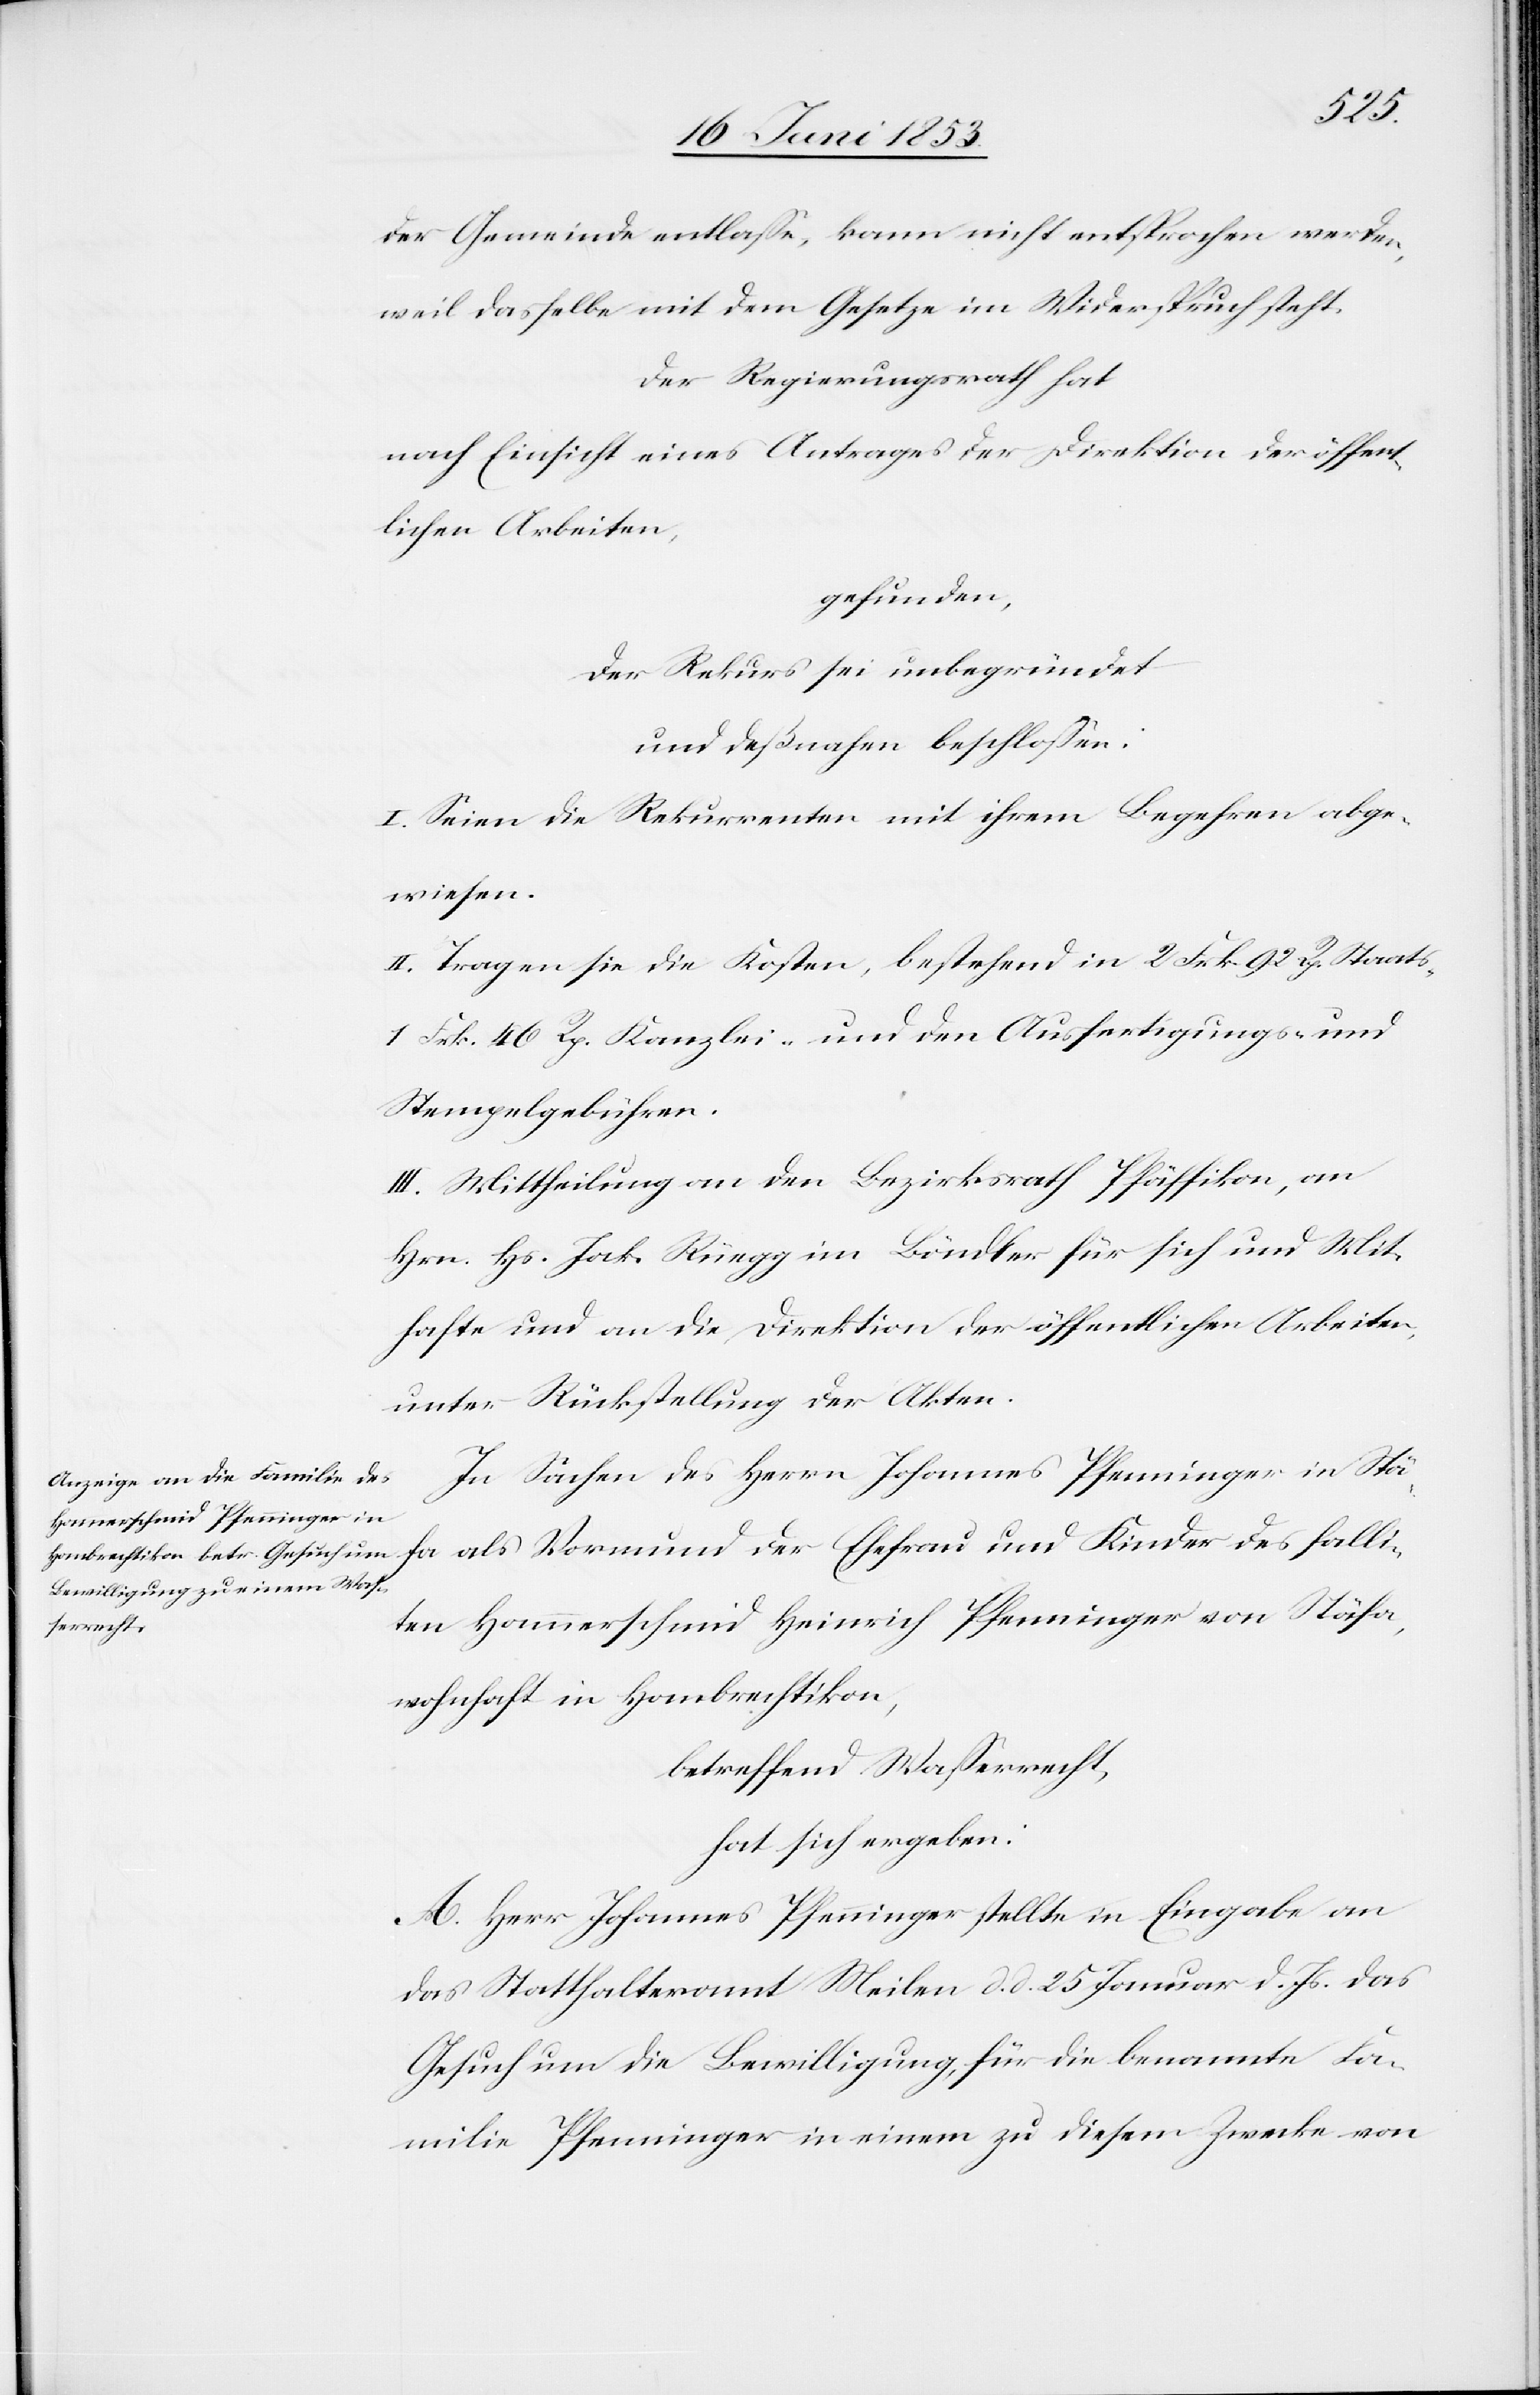
Mit¬
der Gemeinde entlaße, kann nicht entsprochen werden,
weil dasselbe mit dem Gesetze im Widerspruch steht.
Der Regierungsrath hat
nach Einsicht eines Antrages der Direktion der öffent¬
lichen Arbeiten,
gefunden,
der Rekurs sei unbegründet
und deßnahen beschloßen:
I. Seien die Rekurrenten mit ihrem Begehren abge¬
wiesen.
II. Tragen sie die Kosten, bestehend in 2 Frk. 92 Rp. Staats-
1 Frk. 46 Rp. Kanzlei- und den Ausfertigungs- u.
Stempelgebühren.
III. Mittheilung an den Bändler für sich und
hafte und an die Direktion der öffentlichen Arbeiten
unter Rückstellung der Akten.
In Sachen des Herrn Johannes Pfenninger in Stä¬
fa als Vormund der Ehefrau und Kinder des falli¬
ten Hammerschmid Heinrich Pfenninger von Stäfa,
wohnhaft in Hombrechtikon,
betreffend Waßerrecht,
hat sich ergeben:
A. Herr Johannes Pfenninger stellte in Eingabe an
das Statthalteramt Meilen d. d. 25 Januar d. Js. das
Gesuch um die Bewilligung, für die benannte Fa¬
milie Pfenninger in einem zu diesem Zwecke von